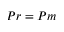
P r = P m